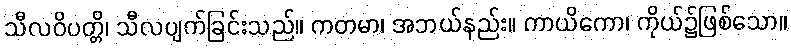
သီလဝိပတ္တိ၊ သီလပျက်ခြင်းသည်။ ကတမာ၊ အဘယ်နည်း။ ကာယိကော၊ ကိုယ်၌ဖြစ်သော။